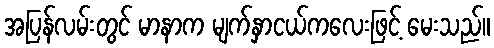
အပြန်လမ်းတွင် မာနာက မျက်နှာငယ်ကလေးဖြင့် မေးသည်။